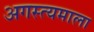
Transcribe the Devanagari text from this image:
अगस्त्यमाला